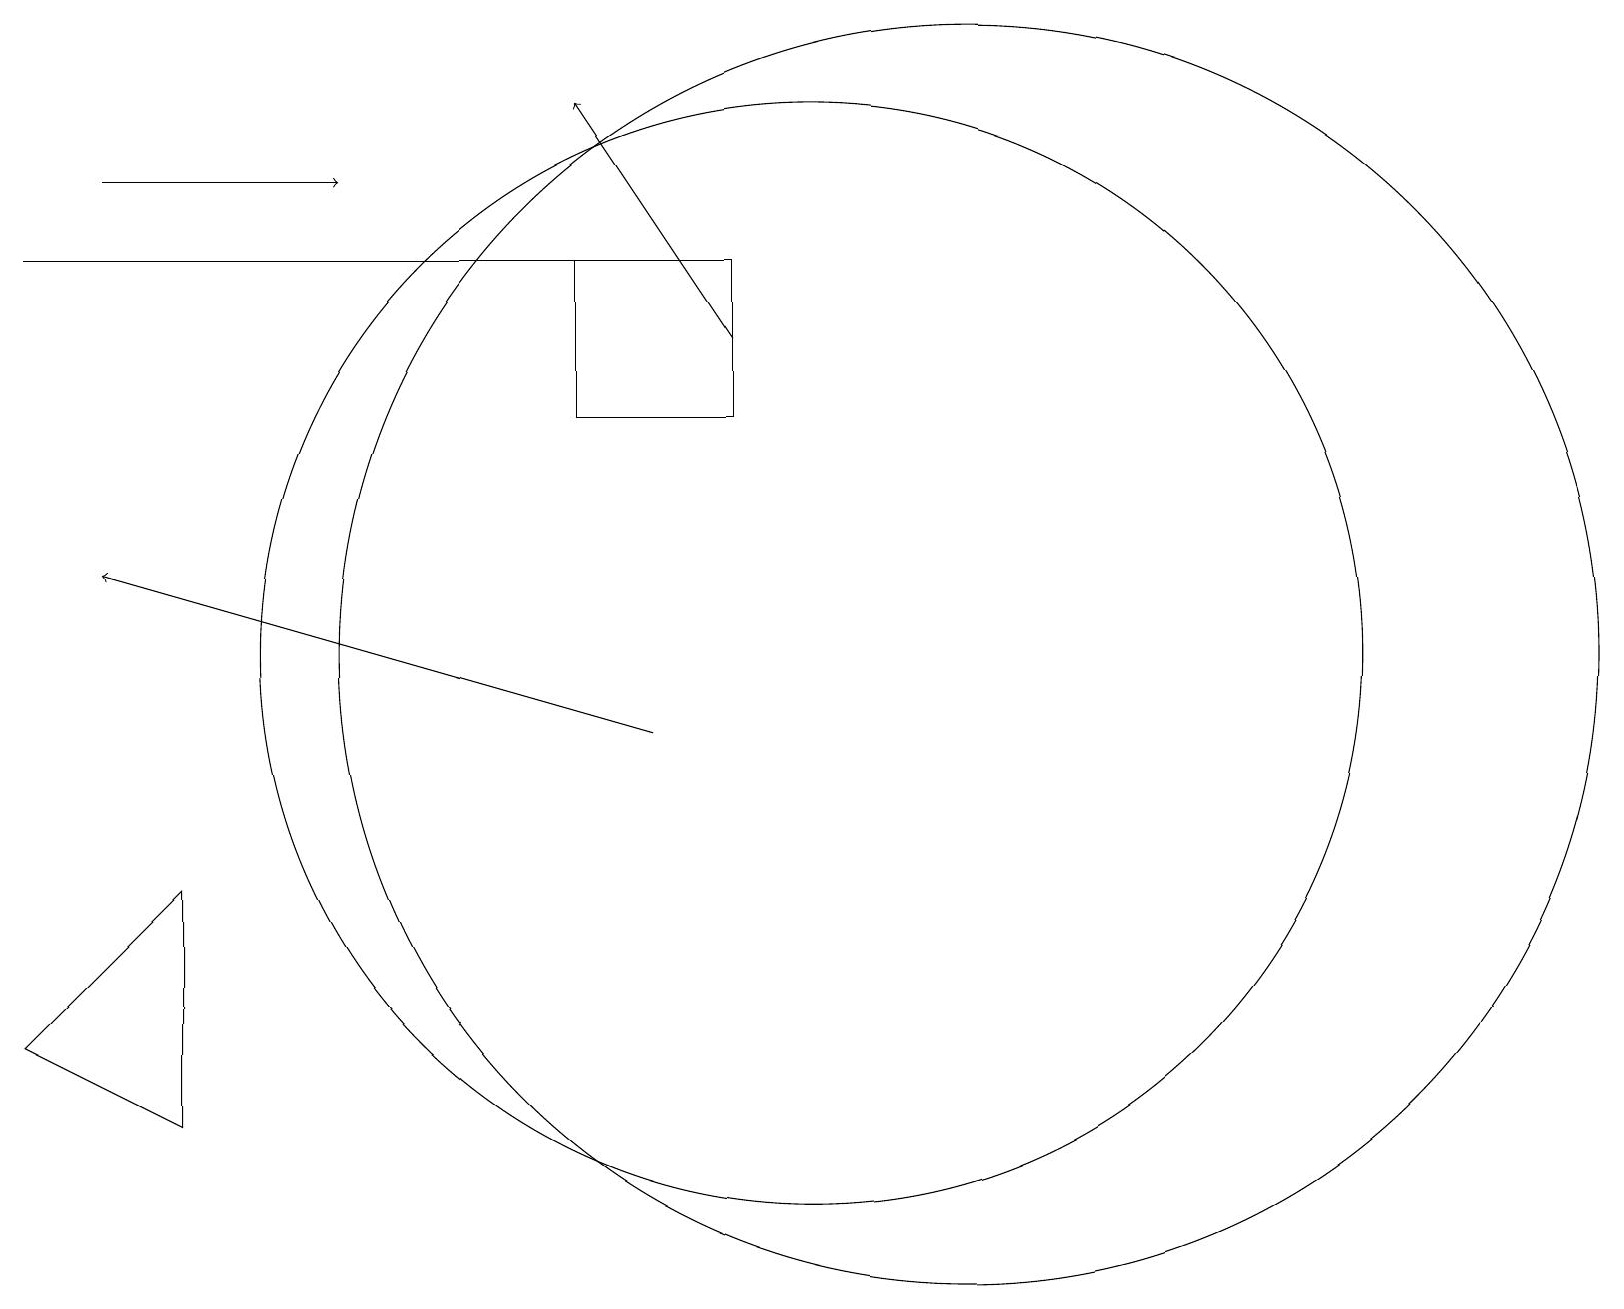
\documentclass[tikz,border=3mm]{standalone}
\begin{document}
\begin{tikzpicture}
\draw (12,11) circle (8);
\draw (9,16) rectangle (7,14);
\draw[->] (8,10) -- (1,12);
\draw (0,16) rectangle (9,16);
\draw[->] (1,17) -- (4,17);
\draw (10,11) circle (7);
\draw (0,6) -- (2,5) -- (2,8) -- cycle;
\draw[->] (9,15) -- (7,18);
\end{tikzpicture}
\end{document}